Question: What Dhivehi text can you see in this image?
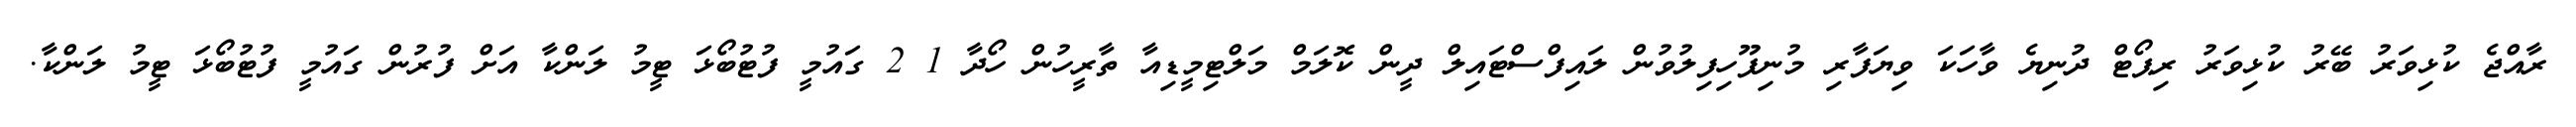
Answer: ރާއްޖެ ކުޅިވަރު ބޭރު ކުޅިވަރު ރިޕޯޓް ދުނިޔެ ވާހަކަ ވިޔަފާރި މުނިފޫހިފިލުވުން ލައިފްސްޓައިލް ދީން ކޮލަމް މަލްޓިމީޑިއާ ތާރީހުން ހޯދާ 1 2 ގައުމީ ފުޓުބޯޅަ ޓީމު ލަންކާ އަށް ފުރުން ގައުމީ ފުޓުބޯޅަ ޓީމު ލަންކާ.